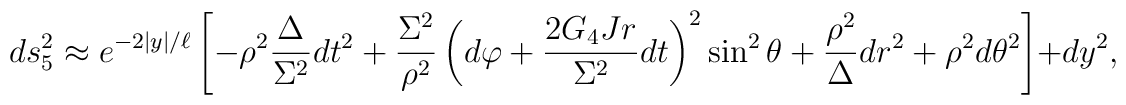
ds_5^2  \approx  e^{-2|y|/\ell}\left[- \rho^2\frac{\Delta}{\Sigma^2} dt^2+ \frac{\Sigma^2}{\rho^2}\left(d\varphi + \frac{2G_4Jr}{\Sigma^2}dt\right)^2\sin^2{\theta}  + \frac{\rho^2}{\Delta}dr^2 + \rho^2 d\theta^2\right ]+ dy^2 ,